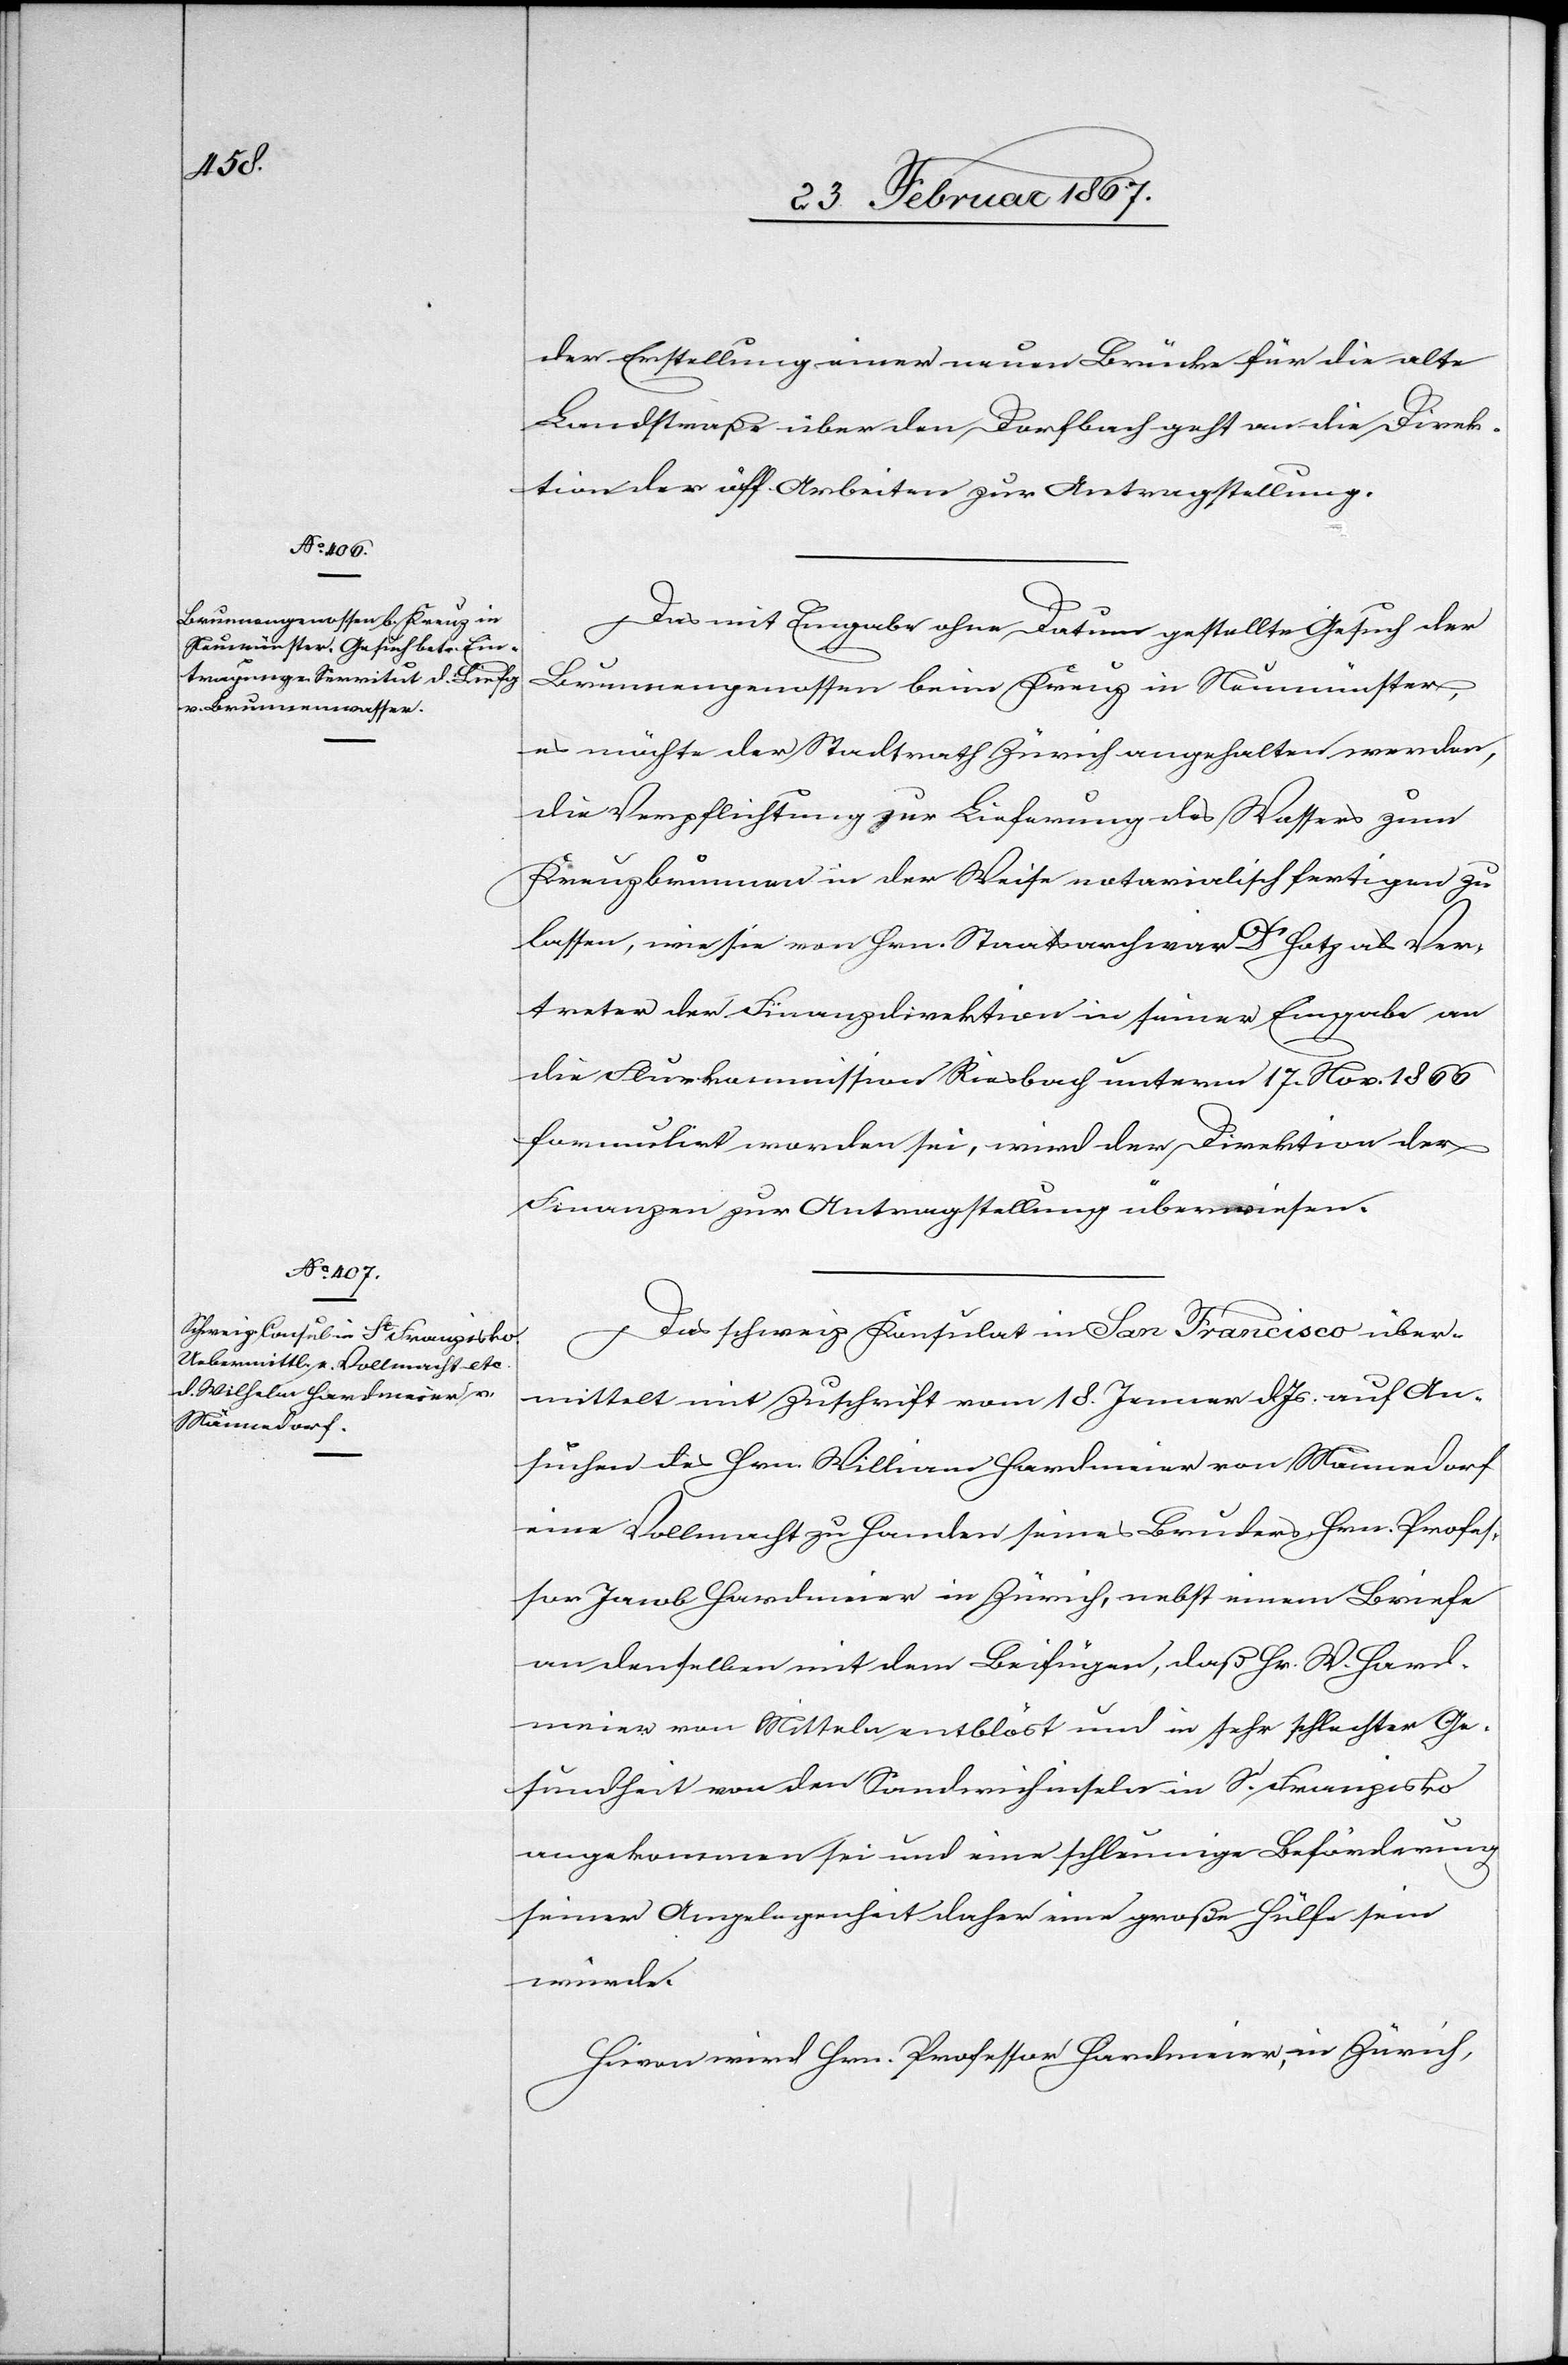
27. Februar 1867.]
der Erstellung einer neuen Brücke für die alte
Landstraße über den Dorfbach geht an die Direk¬
tion der öff. Arbeiten zur Antragstellung.
Das mit Eingabe ohne Datum gestellte Gesuch der
Brunnengenossen beim Kreuz in Neumünster,
es möchte der Stadtrath Zürich angehalten werden,
die Verpflichtung zur Lieferung des Wassers zum
Kreuzbrunnen in der Weise notarialisch fertigen zu
lassen, wie sie von Hrn. Staatsarchivar Dr. Hotz als Ver¬
treter der Finanzdirektion in seiner Eingabe an
die Flurkommission Riesbach unterm 17. Nov. 1866
formulirt worden sei, wird der Direktion der
Finanzen zur Antragstellung überwiesen.
Das schweiz. Konsulat in San Francisco über¬
mittelt mit Zuschrift vom 18. Jenner d. Js. auf An¬
suchen des Hrn. William [sic!] Handmeier von Männedorf
eine Vollmacht zu Handen seines Bruders, Hrn. Profes¬
sor Jacob Handmeier in Zürich, nebst einem Briefe
an denselben mit dem Beifügen, daß Hr. W. Hand¬
meier von Mitteln entblöst und in sehr schlechter Ge¬
sundheit von den Sandwichinseln in S. Franzisko
angekommen sei und eine schleunige Beförderung
seiner Angelegenheit daher eine große Hülfe sein
würde.
Hievon wird Hrn. Professor Handmeier, in Zürich,